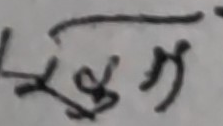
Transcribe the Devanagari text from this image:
मलाई गऱ्यो